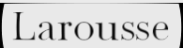
Larousse